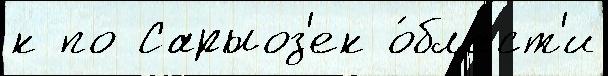
к по Сарыоз'ек о́бласт'и